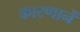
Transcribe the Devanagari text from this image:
कारणानें